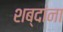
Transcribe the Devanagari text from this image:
शब्‍दांना